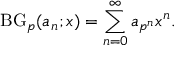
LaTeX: \operatorname { B G } _ { p } ( a _ { n } ; x ) = \sum _ { n = 0 } ^ { \infty } a _ { p ^ { n } } x ^ { n } .